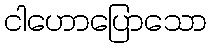
ငါဟောပြောသော